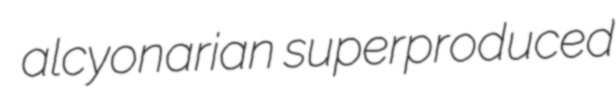
alcyonarian superproduced